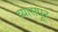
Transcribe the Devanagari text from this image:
व्यासपूर